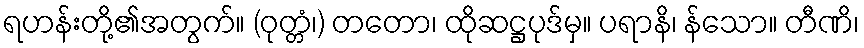
ရဟန်းတို့၏အတွက်။ (ဝုတ္တံ၊) တတော၊ ထိုဆဋ္ဌပုဒ်မှ။ ပရာနိ၊ န်သော။ တီဏိ၊